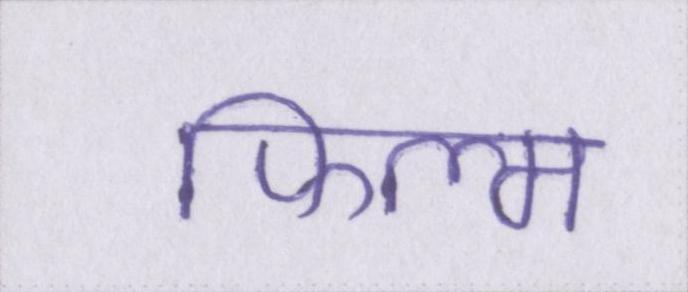
फिल्म